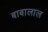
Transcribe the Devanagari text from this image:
बाबालाल